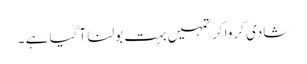
شادی کروا کر تمہیں بہت بولنا آ گیا ہے ۔